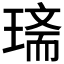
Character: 𤧿